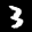
Label: 3